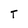
Character: T